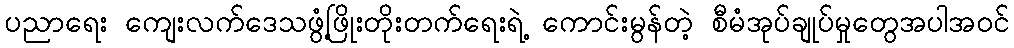
ပညာရေး ကျေးလက်ဒေသဖွံ့ဖြိုးတိုးတက်ရေးရဲ့ ကောင်းမွန်တဲ့ စီမံအုပ်ချုပ်မှုတွေအပါအဝင်